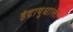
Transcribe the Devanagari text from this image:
इंद्रायुधाला